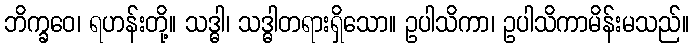
ဘိက္ခဝေ၊ ရဟန်းတို့။ သဒ္ဓါ၊ သဒ္ဓါတရားရှိသော။ ဥပါသိကာ၊ ဥပါသိကာမိန်းမသည်။